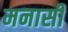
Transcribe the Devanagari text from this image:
मनासी